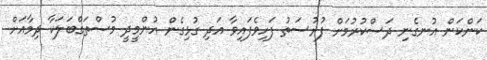
ކަންކަން އުނގެނި ދަސްކުރުމަށް ފުރުސަތު ފަހިވެފައިވާ އަދި ގުޅިގެން އުންމީދީ މުސްތަގްބަލަކާ ދިމާއަށް